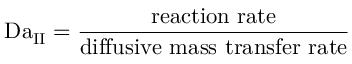
\mathrm { D a } _ { \mathrm { I I } } = { \frac { \mathrm { r e a c t i o n ~ r a t e } } { \mathrm { d i f f u s i v e ~ m a s s ~ t r a n s f e r ~ r a t e } } }